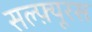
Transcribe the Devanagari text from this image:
सल्फ़्यूरस